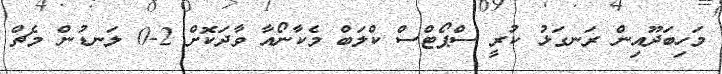
މަހިބަދޫއިން ރަނގަޅު ކުރީ ސްޕޯޓްސް ކްލަބް މެކާނޯއާ ވާދަކޮށް 2-0 ލަނޑުން މެޗް